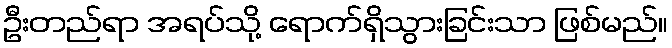
ဦးတည်ရာ အရပ်သို့ ရောက်ရှိသွားခြင်းသာ ဖြစ်မည်။